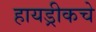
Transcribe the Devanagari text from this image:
हायड्रीकचे